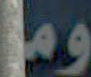
ومن